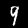
Digit: 9